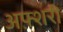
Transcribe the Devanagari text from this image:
अफ़्शरी